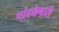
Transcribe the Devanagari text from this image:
चांदकेवारी